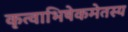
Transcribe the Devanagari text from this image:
कृत्वाभिषेकमेतस्य